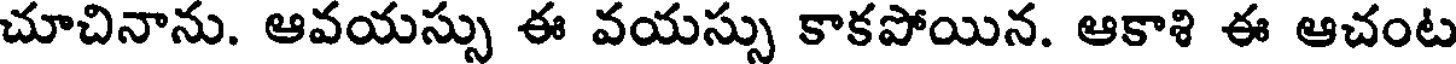
చూచినాను. ఆవయస్సు ఈ వయస్సు కాకపోయిన. ఆకాశి ఈ ఆచంట